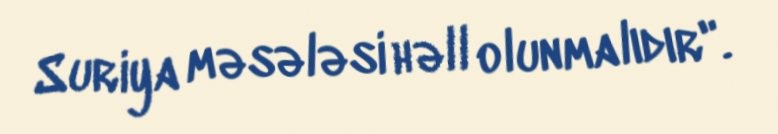
Suriya məsələsi həll olunmalıdır".